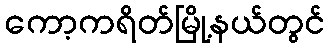
ကော့ကရိတ်မြို့နယ်တွင်